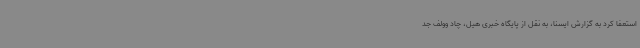
استعفا کرد به گزارش ایسنا، به نقل از پایگاه خبری هیل، چاد وولف جد